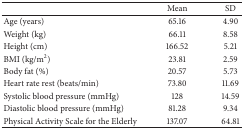
|  | Mean | SD |
 | --- | --- | --- |
 | Age (years) | 65.16 | 4.90 |
 | Weight (kg) | 66.11 | 8.58 |
 | Height (cm) | 166.52 | 5.21 |
 | BMI (kg/m2) | 23.81 | 2.59 |
 | Body fat (%) | 20.57 | 5.73 |
 | Heart rate rest (beats/min) | 73.80 | 11.69 |
 | Systolic blood pressure (mmHg) | 128 | 14.59 |
 | Diastolic blood pressure (mmHg) | 81.28 | 9.34 |
 | Physical Activity Scale for the Elderly | 137.07 | 64.81 |